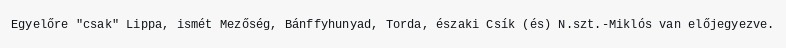
Egyelőre "csak" Lippa, ismét Mezőség, Bánffyhunyad, Torda, északi Csík (és) N.szt.-Miklós van előjegyezve.